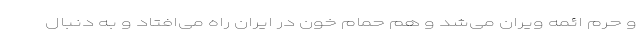
و حرم ائمه ویران می‌شد و هم حمام خون در ایران راه می‌افتاد و به دنبال